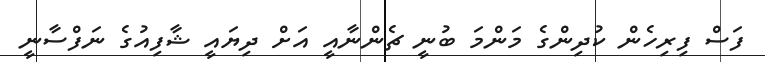
ފަސް ފިރިހެން ކުދިންގެ މަންމަ ބުނީ ޗެންނާއީ އަށް ދިޔައީ ޝާފިއުގެ ނަފްސާނީ